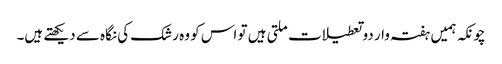
چونکہ ہمیں ہفتہ وار دو تعطیلات ملتی ہیں تو اس کو وہ رشک کی نگاہ سے دیکھتے ہیں۔